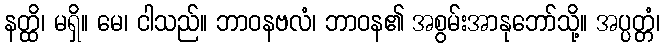
နတ္ထိ၊ မရှိ။ မေ၊ ငါသည်။ ဘာဝနဗလံ၊ ဘာဝန၏ အစွမ်းအာနုဘော်သို့။ အပ္ပတ္တံ၊